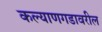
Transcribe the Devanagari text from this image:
कल्याणगडावरील